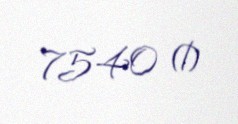
7540 ₼